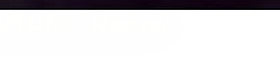
Auto Repair